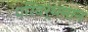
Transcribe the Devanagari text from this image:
परिवर्धमान